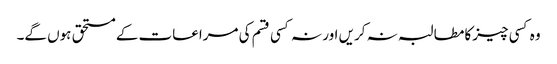
وہ کسی چیزکا مطالبہ نہ کریں اور نہ کسی قسم کی مراعات کے مستحق ہوں گے۔